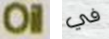
Oil في